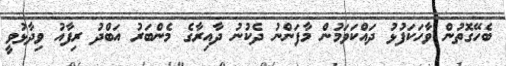
ބެހޭގޮތުން ވާހަކަފުޅު ދައްކަވަމުން މާފަންނު ދެކުނު ދާއިރާގެ މެންބަރު އަބްދު ރިފާއު ވިދާޅުވީ